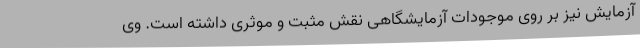
آزمایش نیز بر روی موجودات آزمایشگاهی نقش مثبت و موثری داشته است. وی